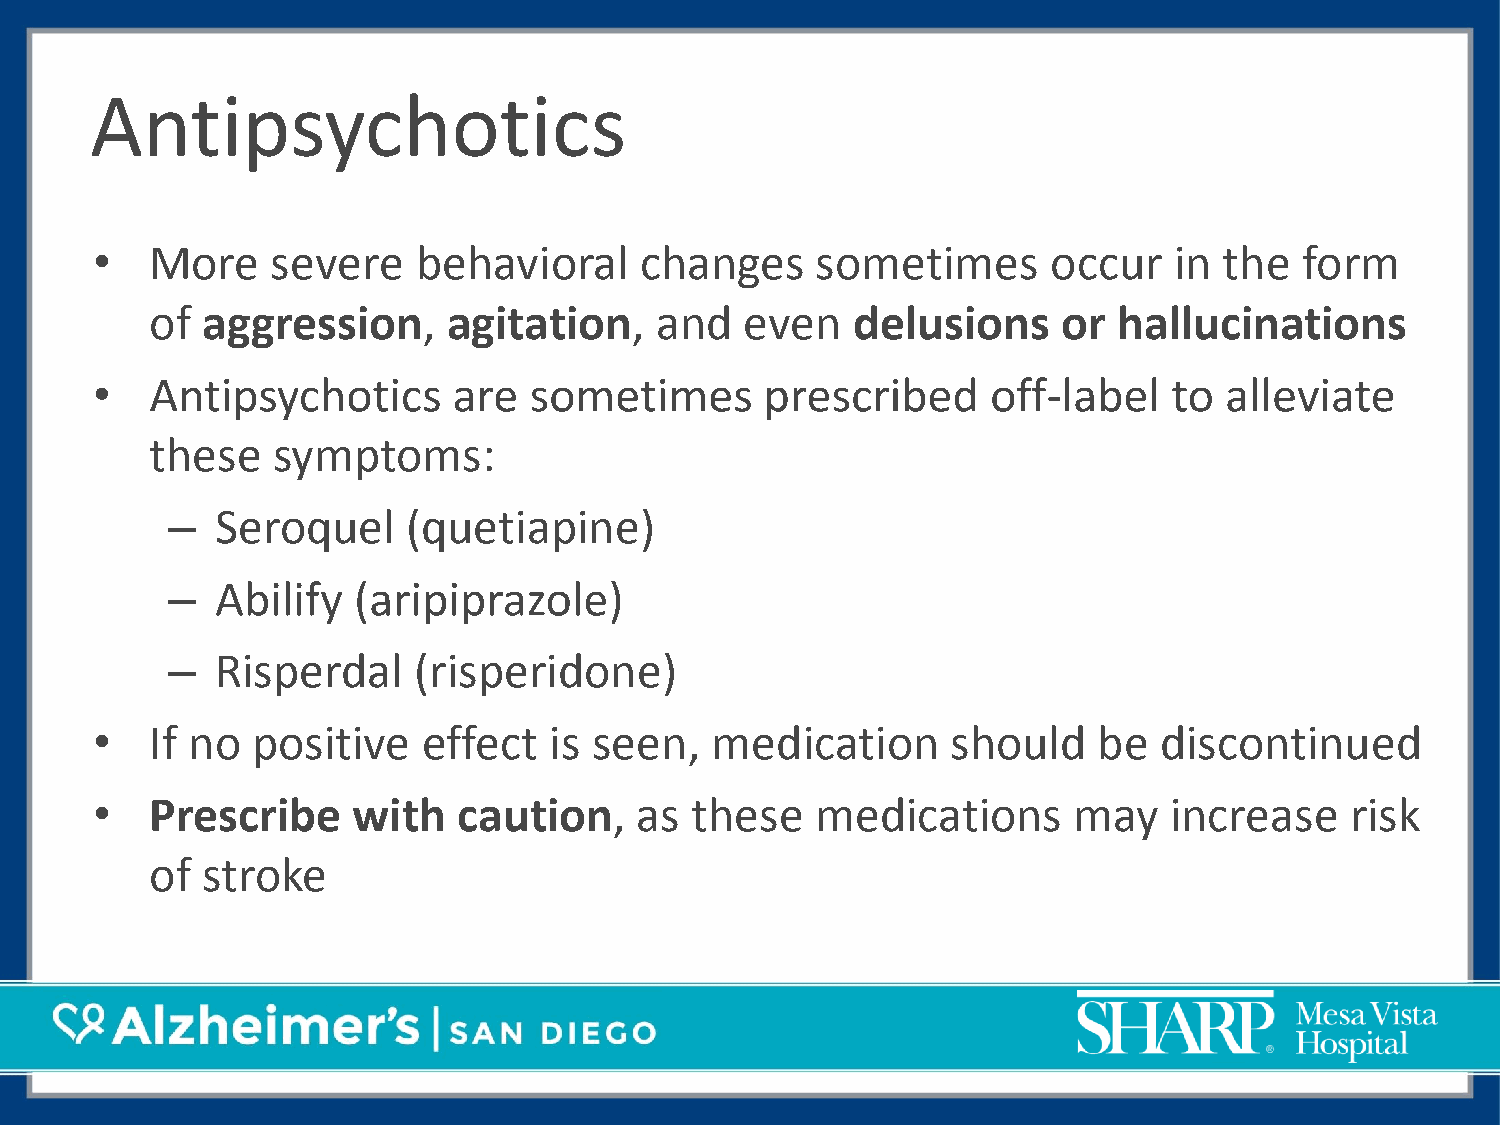
Antipsychotics
 •   More    severe    behavioral    changes     sometimes       occur   in the  form
 of aggression,      agitation,   and   even   delusions     or  hallucinations
 •   Antipsychotics      are  sometimes       prescribed     off-label   to alleviate
 these   symptoms:
 –  Seroquel     (quetiapine)
 –  Abilify  (aripiprazole)
 –  Risperdal    (risperidone)
 •   If no  positive   effect  is seen,   medication      should    be  discontinued
 •   Prescribe    with   caution,    as  these   medications      may   increase    risk
 of stroke